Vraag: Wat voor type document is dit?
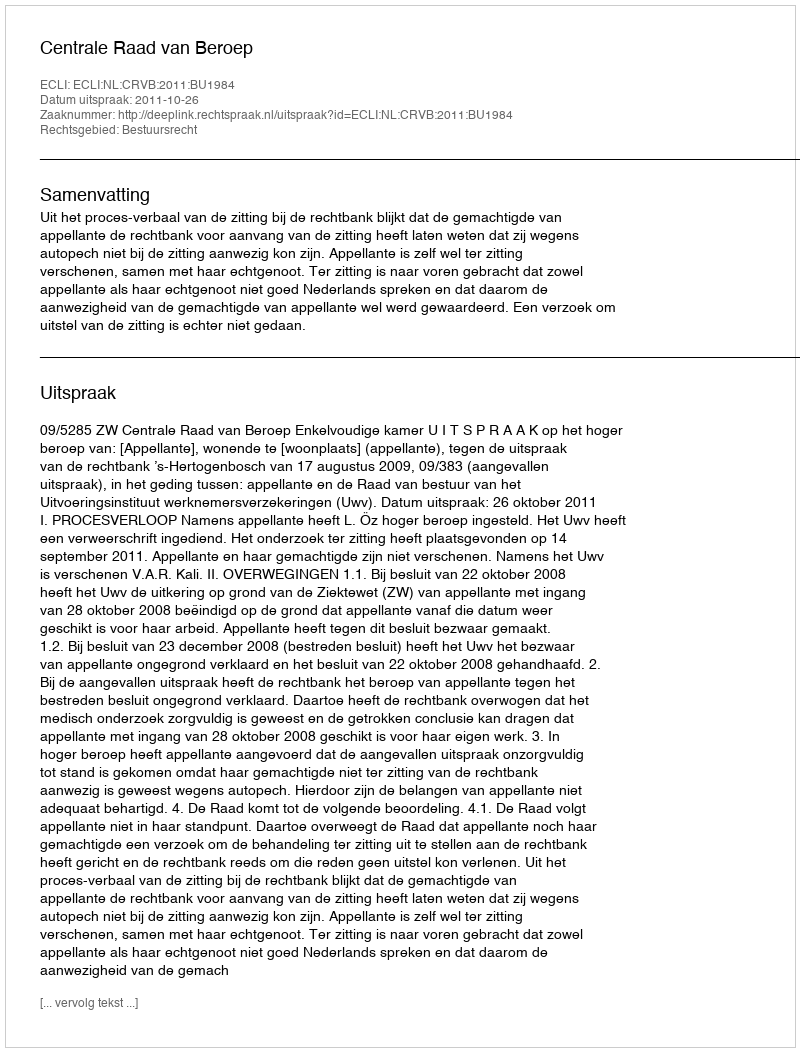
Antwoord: Uitspraak